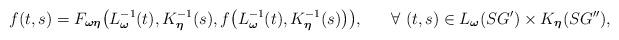
LaTeX: \begin{align*}\begin{aligned} f(t,s)= F_{\boldsymbol{\omega}\boldsymbol{\eta}}\big(L^{-1}_{\boldsymbol{\omega}}(t),K^{-1}_{\boldsymbol{\eta}}(s),f\big(L^{-1}_{\boldsymbol{\omega}}(t),K^{-1}_{\boldsymbol{\eta}}(s)\big)\big), ~~~~~\forall~ (t,s) \in L_{\boldsymbol{\omega}}(SG') \times K_{\boldsymbol{\eta}}(SG''), \end{aligned}\end{align*}